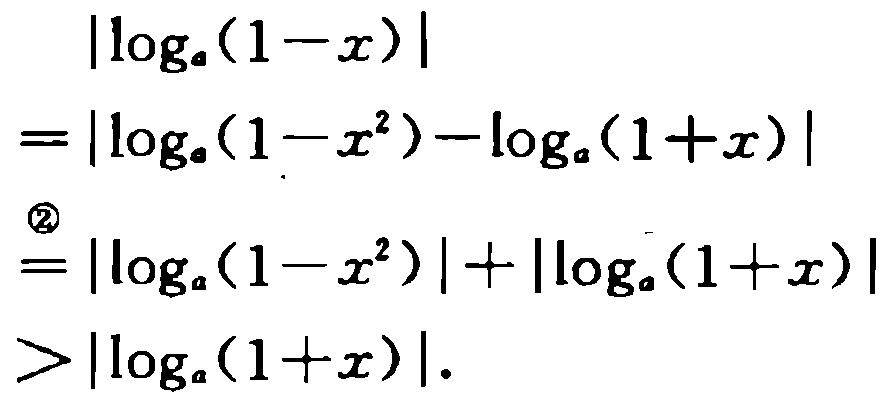
\[
\begin{align*}
&\vert\log_{a}(1 - x)\vert\\
=&\vert\log_{a}(1 - x^{2})-\log_{a}(1 + x)\vert\\
\overset{\textcircled{2}}{=}&\vert\log_{a}(1 - x^{2})\vert+\vert\log_{a}(1 + x)\vert\\
>&\vert\log_{a}(1 + x)\vert.
\end{align*}
\]